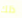
ذلك